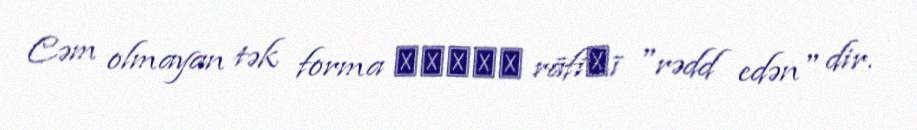
Cəm olmayan tək forma رافضي rāfiḍī "rədd edən" dir.